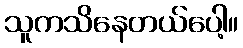
သူကသိနေတယ်ပေါ့။